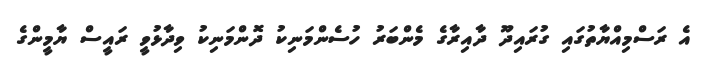
އެ ރަސްމިއްޔާތުގައި ގުރައިދޫ ދާއިރާގެ މެންބަރު ހުސެންމަނިކު ދޮންމަނިކު ވިދާޅުވީ ރައީސް ޔާމީންގެ